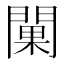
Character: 𨵚